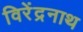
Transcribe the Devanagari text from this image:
विरेंद्रनाथ